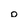
Character: o